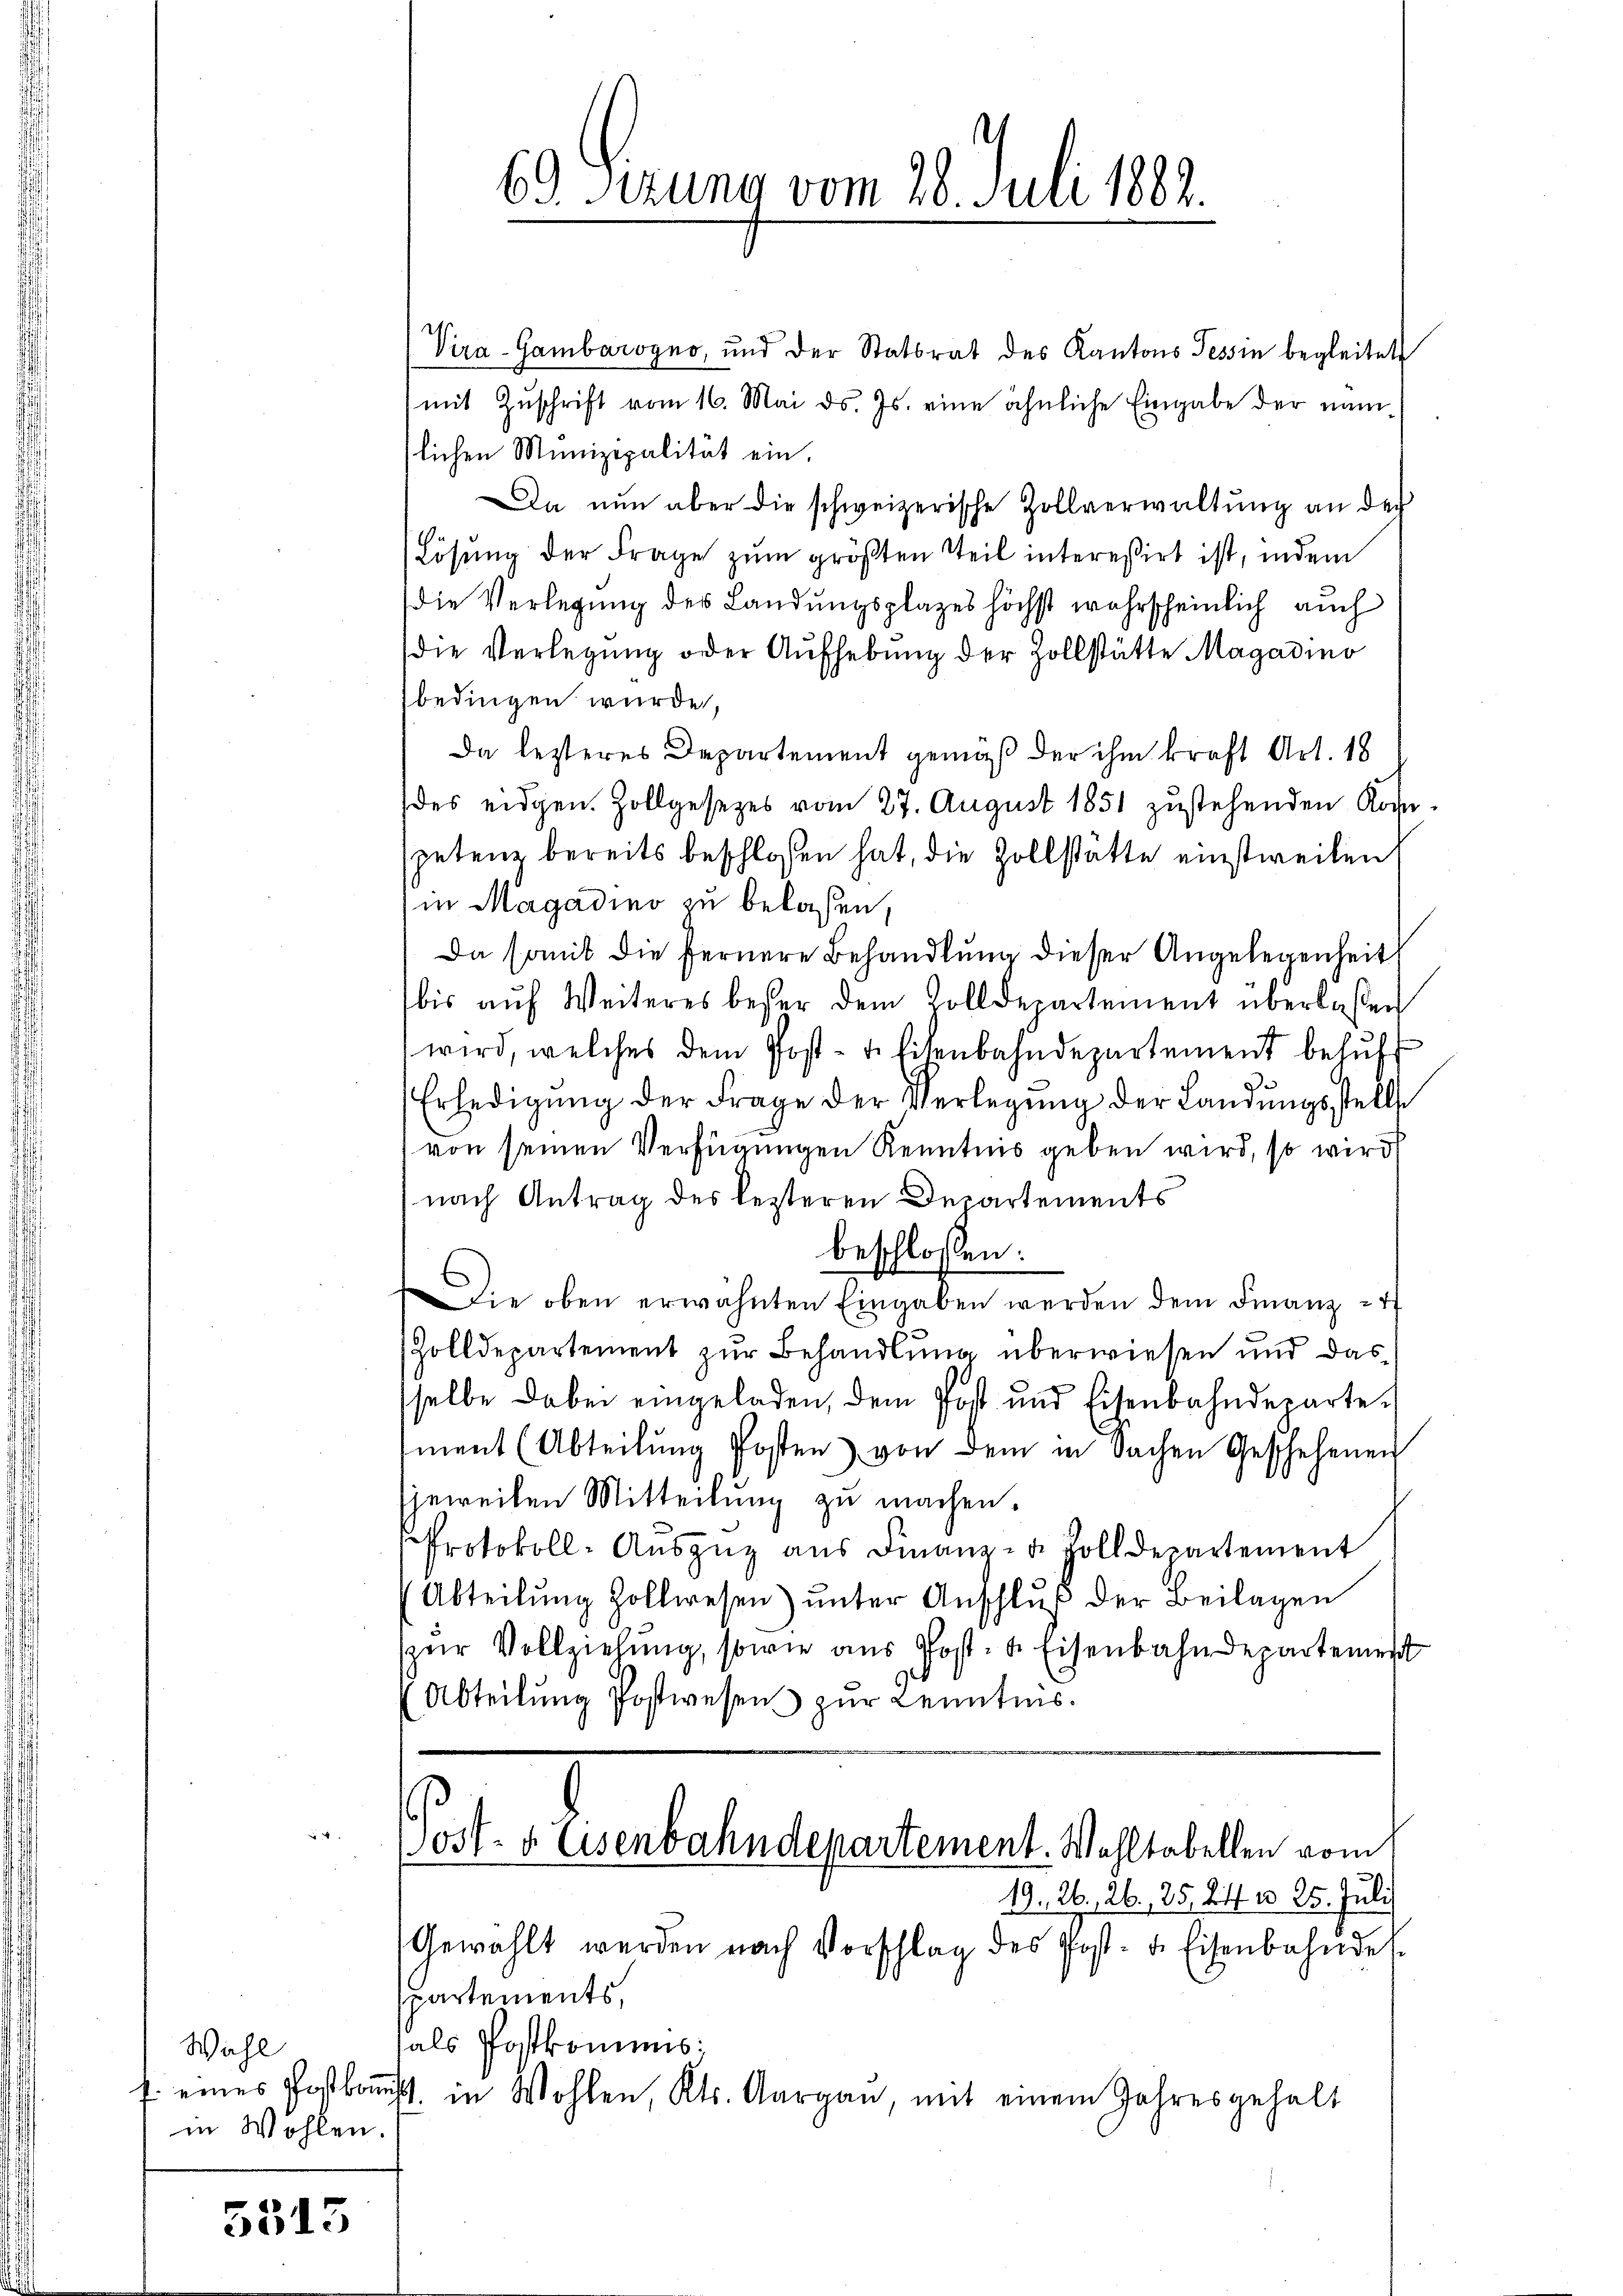
Wahl
in Wohlen.

5515

Vira-Gambarogno, und der Statsrat des Kantons Tessin begleitet
(mit Zŭschrift vom 16. Mai d. Js. eine ähnliche Eingabe der nämlichen Munizipalität ein,
Da nun aber die schweizerische Zollverwaltŭng an der
(Lösung der Frage zum größten Teil interessirt ist, indem
Die Verlegung des Landungsplatzes höchst wahrscheinlich auch
die Verlegung oder Aufhebung der Zollstätte Magadino
bedingen wurde,
Da lezteres Departement gemäß der ihm kraft Art. 18
des eidgen. Zollgesetzes vom 27. August 1851 zustehenden Kos
spetenz bereits beschlossen hat, die Zollstätte einstweilen
in Magadino zu belassen,
Da somit die fernere Behandlung dieser Angelegenheit
bis aŭf Weiteres besser dem Colldepartement überlassen
wird, welches dem Post- u. Eisenbahndepartement behŭf
Erledigŭng der Frage der Verlegŭng der Landŭngsstelle
von seinen Verfügungen Kenntnis geben wird, so wird
nach Antrag des lezteren Departements
beschlossen:
Die oben erwähnten Eingaben werden dem Finanz-
Zolldepartement zur Behandlung überwiesen und das
sselbe dabei eingeladen, dem Post und Eisenbahnderartement (Abteilŭng Posten) von dem in Sachen Geschehenen
jeweilen Mitteilung zu machen.
Protokoll-Aŭszŭg aŭs Finanz- u. Zolldepartement
Abteilŭng Zollwesen) unter Anschluß der Beilagen
zur Vollziehung, sowie aus Post- & Eisenbahndepartement
(Abteilŭng Postwesen zur Kenntnis.
ost- & Eisenbahndepartement. Wohltabellen vom
19. 26, 26. 25. 24 n 25. Juli
Gewählt werden nach Vorschlag des Post- u. Eisenbahnde
partements,
als Postkommnis:
f. eines Postkoṁist. in Wohlen, Kts. Aargau, mit einem Jahresgehalt

69. Ferung vom 28. Juli 182.